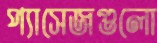
প্যাসেজগুলো